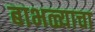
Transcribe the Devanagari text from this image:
बाभळ्याचा